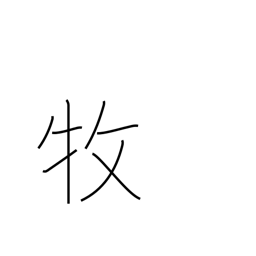
Meaning: care for